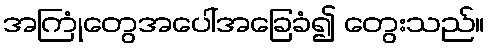
အကြုံတွေအပေါ်အခြေခံ၍ တွေးသည်။